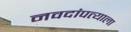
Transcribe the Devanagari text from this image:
नवदांपत्याला